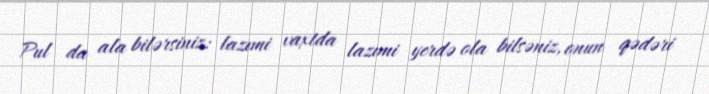
Pul da ala bilərsiniz: lazımi vaxtda lazımi yerdə ola bilsəniz, onun qədəri